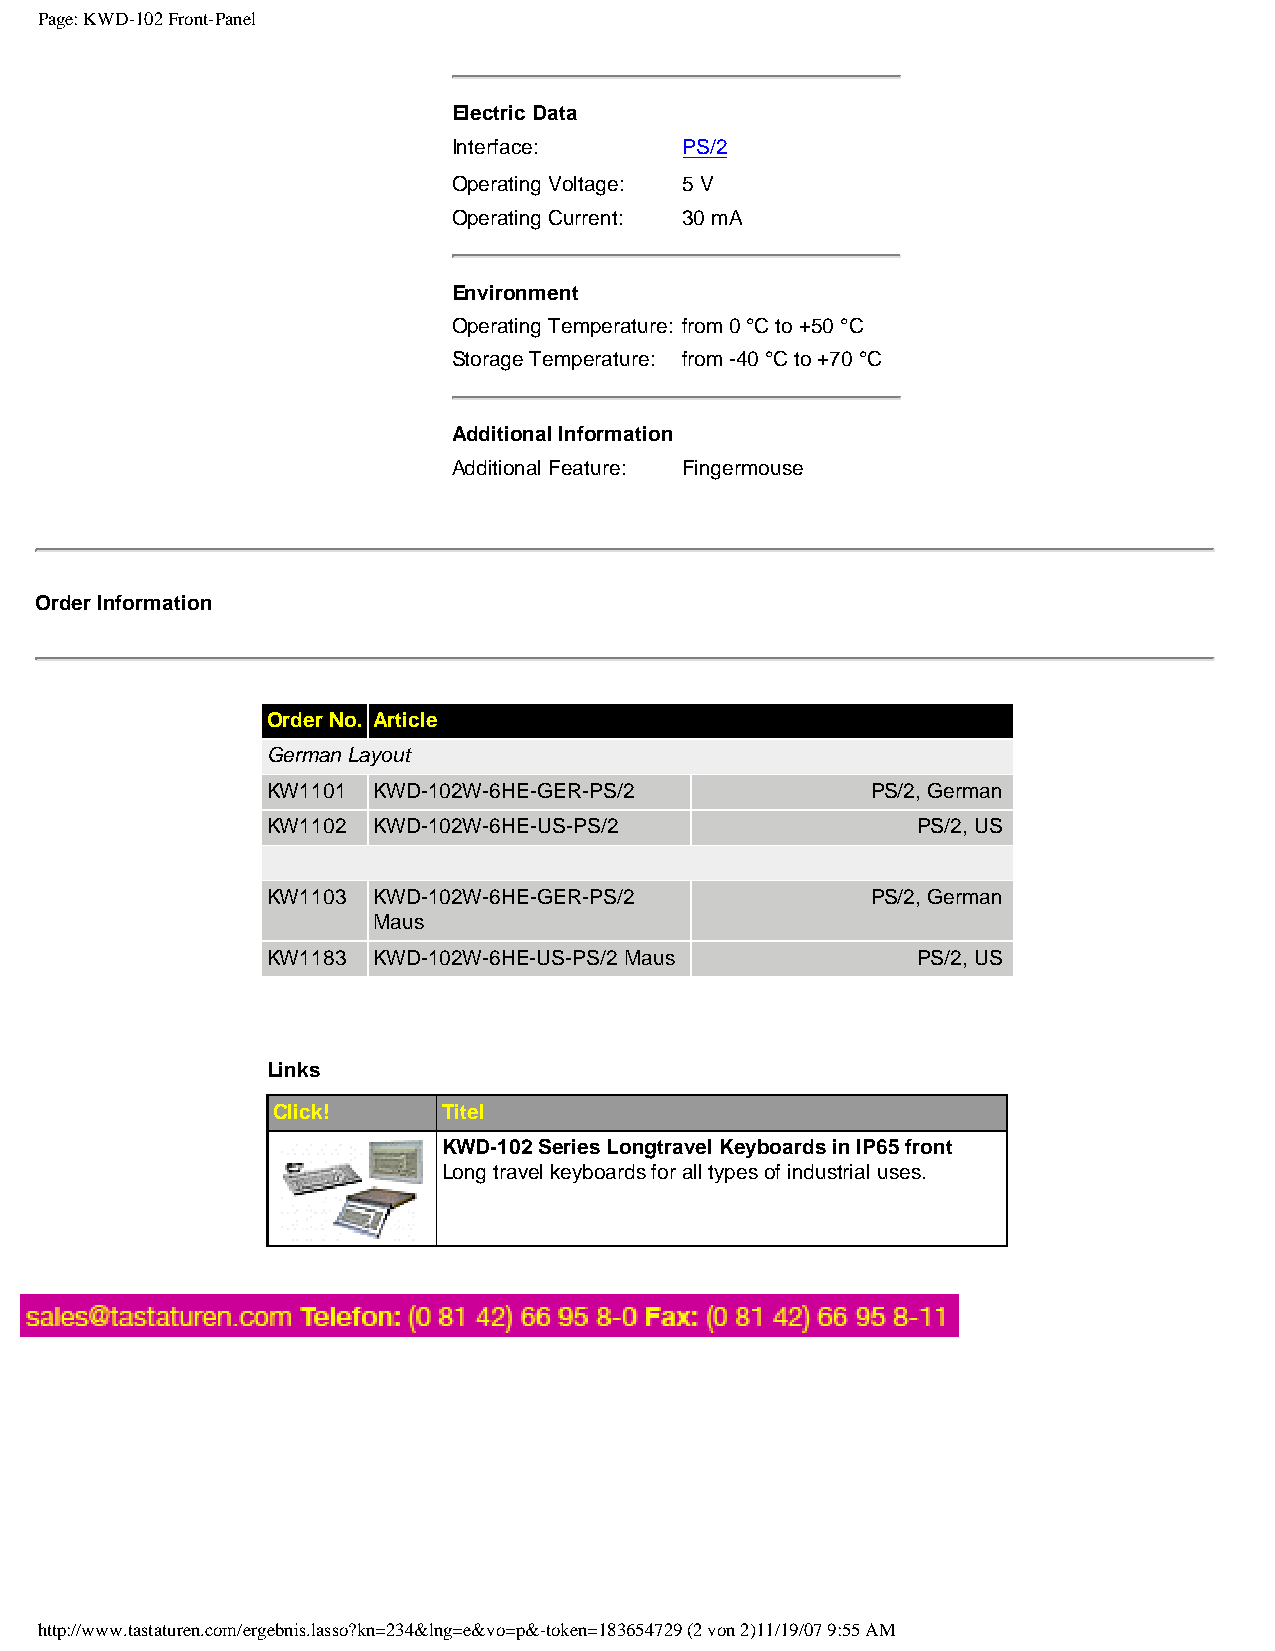
Page: KWD-102 Front-Panel
 Electric Data
 Interface:     PS/2
 Operating Voltage: 5 V
 Operating Current: 30 mA
 Environment
 Operating Temperature: from 0 °C to +50 °C
 Storage Temperature: from -40 °C to +70 °C
 Additional Information
 Additional Feature: Fingermouse
 Order Information
 Order No. Article
 German Layout
 KW1101 KWD-102W-6HE-GER-PS/2            PS/2, German
 KW1102 KWD-102W-6HE-US-PS/2                PS/2, US
 KW1103 KWD-102W-6HE-GER-PS/2            PS/2, German
 Maus
 KW1183 KWD-102W-6HE-US-PS/2 Maus           PS/2, US
 Links
 Click!     Titel
 KWD-102 Series Longtravel Keyboards in IP65 front
 Long travel keyboards for all types of industrial uses.
 http://www.tastaturen.com/ergebnis.lasso?kn=234&lng=e&vo=p&-token=183654729 (2 von 2)11/19/07 9:55 AM